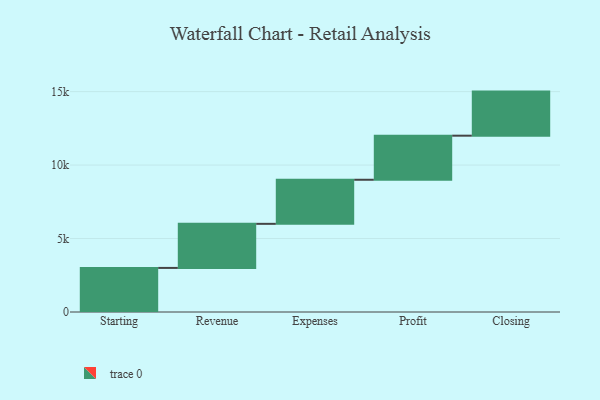
{"axis": {"x": "Step", "y": "Value"}, "legend": [""], "data": [{"x": "Starting", "y": 3000, "type": ""}, {"x": "Revenue", "y": 3000, "type": ""}, {"x": "Expenses", "y": 3000, "type": ""}, {"x": "Profit", "y": 3000, "type": ""}, {"x": "Closing", "y": 3000, "type": ""}]}